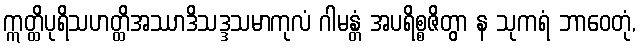
ဣတ္ထိပုရိသဟတ္ထိအဿာဒိသဒ္ဒသမာကုလံ ဂါမန္တံ အပရိစ္စဇိတွာ န သုကရံ ဘာဝေတုံ,